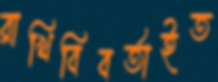
রাখিবিবর্তাইত